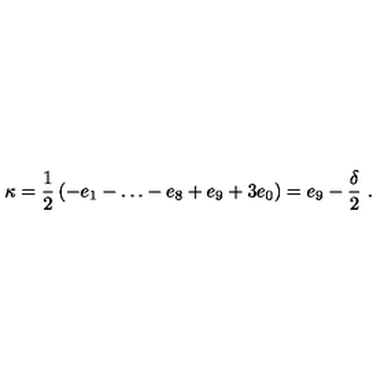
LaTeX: \kappa = \frac { 1 } { 2 } \left( - e _ { 1 } - \dots - e _ { 8 } + e _ { 9 } + 3 e _ { 0 } \right) = e _ { 9 } - \frac { \delta } { 2 } \ .